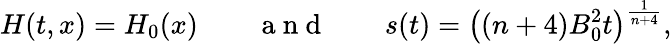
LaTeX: H(t,x)=H_{0}(x)\qquad\mathrm{~a~n~d~}\qquad s(t)=\big((n+4)B_{0}^{2}t\big)^{\frac{1}{n+4}},